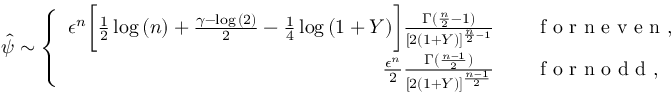
\hat { \psi } \sim \left\{ \begin{array} { r l } { \epsilon ^ { n } \bigg [ \frac { 1 } { 2 } \log { ( n ) } + \frac { \gamma - \log { ( 2 ) } } { 2 } - \frac { 1 } { 4 } \log { ( 1 + Y ) } \bigg ] \frac { \Gamma ( \frac { n } { 2 } - 1 ) } { [ 2 ( 1 + Y ) ] ^ { \frac { n } { 2 } - 1 } } } & { { } \quad \mathrm { ~ f ~ o ~ r ~ n ~ e ~ v ~ e ~ n ~ } , } \\ { \frac { \epsilon ^ { n } } { 2 } \frac { \Gamma ( \frac { n - 1 } { 2 } ) } { [ 2 ( 1 + Y ) ] ^ { \frac { n - 1 } { 2 } } } } & { { } \quad \mathrm { ~ f ~ o ~ r ~ n ~ o ~ d ~ d ~ } , } \end{array} \right.